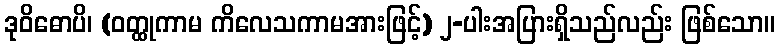
ဒုဝိဓောပိ၊ (ဝတ္ထုကာမ ကိလေသကာမအားဖြင့်) ၂-ပါးအပြားရှိသည်လည်း ဖြစ်သော။